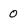
Character: 0